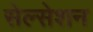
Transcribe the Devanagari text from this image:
सेल्सेशन